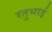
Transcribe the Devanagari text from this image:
रतुभाई